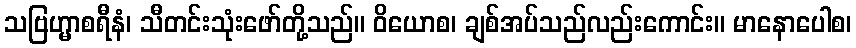
သဗြဟ္မာစရီနံ၊ သီတင်းသုံးဖော်တို့သည်။ ဝိယောစ၊ ချစ်အပ်သည်လည်းကောင်း။ မာနောပေါစ၊